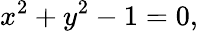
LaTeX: x^{2}+y^{2}-1=0,